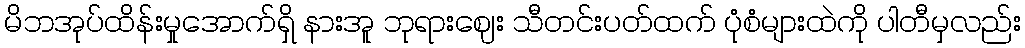
မိဘအုပ်ထိန်းမှုအောက်ရှိ နားအူ ဘုရားဈေး သီတင်းပတ်ထက် ပုံစံများထဲကို ပါတီမှလည်း